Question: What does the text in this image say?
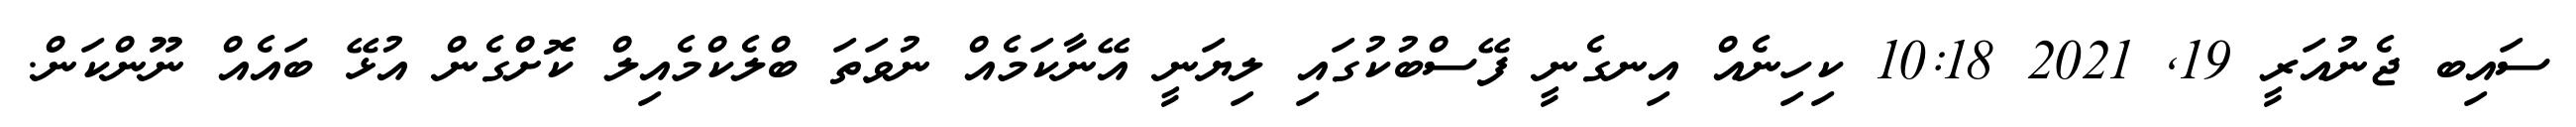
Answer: ސައިބ ޖެނުއަރީ 19, 2021 10:18 ކިހިނެއް އިނގެނީ ފޭސްބުކުގައި ލިޔަނީ އޭނާކަމެއް ނުވަތަ ބްލެކްމެއިލް ކޮށްގެން އުޅޭ ބައެއް ނޫންކަން.